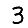
Digit: 3